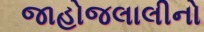
જાહોજલાલીનો